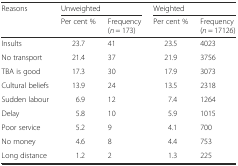
| <ROWSPAN=2> Reasons | <COLSPAN=2> Unweighted | <COLSPAN=2> Weighted |
 | Per cent % | Frequency (n = 173) | Per cent % | Frequency (n = 17126) |
 | --- | --- | --- | --- | --- |
 | Insults | 23.7 | 41 | 23.5 | 4023 |
 | No transport | 21.4 | 37 | 21.9 | 3756 |
 | TBA is good | 17.3 | 30 | 17.9 | 3073 |
 | Cultural beliefs | 13.9 | 24 | 13.5 | 2318 |
 | Sudden labour | 6.9 | 12 | 7.4 | 1264 |
 | Delay | 5.8 | 10 | 5.9 | 1015 |
 | Poor service | 5.2 | 9 | 4.1 | 700 |
 | No money | 4.6 | 8 | 4.4 | 753 |
 | Long distance | 1.2 | 2 | 1.3 | 225 |